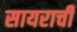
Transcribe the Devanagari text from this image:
सायराची